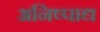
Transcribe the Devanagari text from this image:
अनिष्पाद्य